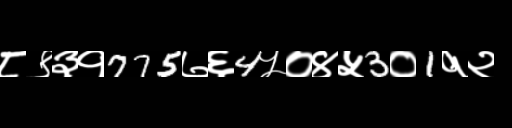
Text: ८९३१775७६4५०४५3०1१२